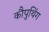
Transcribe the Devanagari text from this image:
कौपुथिंग